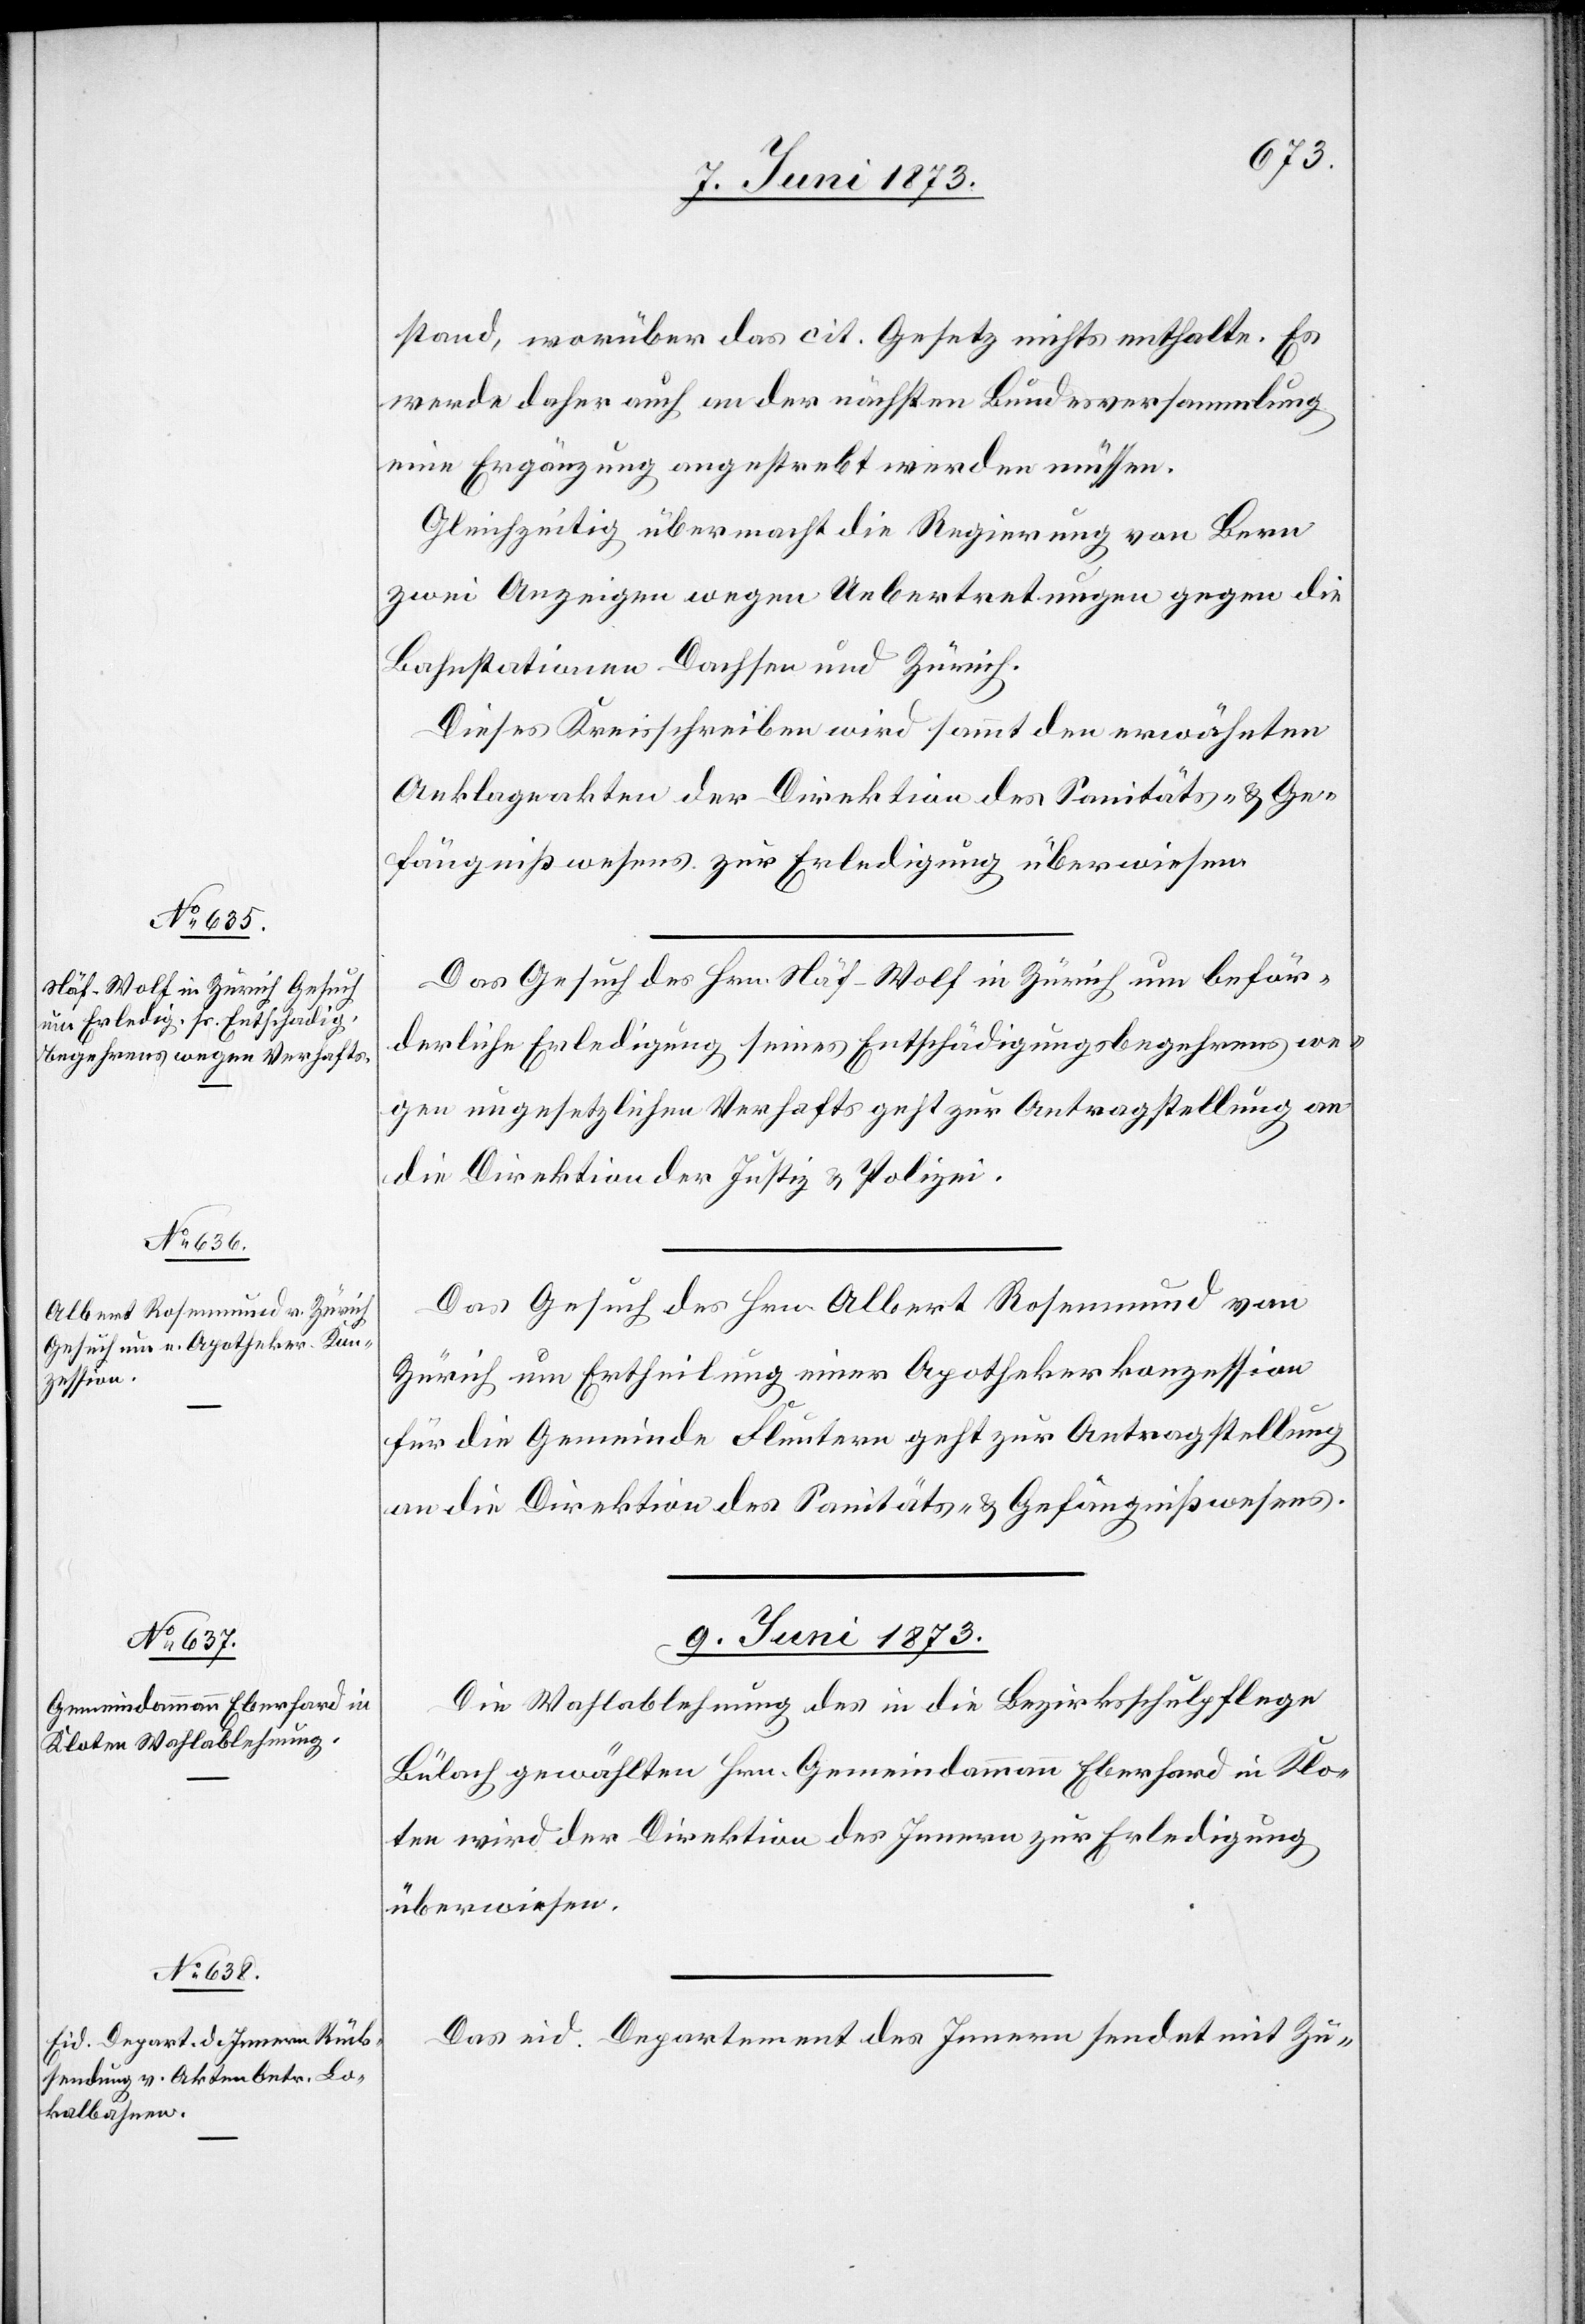
7. Juni 1873.]
stand, worüber das cit. Gesetz nichts enthalte. Es
werde daher auch an der nächsten Bundesversammlung
eine Ergänzung angestrebt werden müssen.
Gleichzeitig übermacht die Regierung von Bern
zwei Anzeigen wegen Uebertretungen gegen die
Bahnstationen Dachsen und Zürich.
Dieses Kreisschreiben wird sammt den erwähnten
Anklageakten der Direktion des Sanitäts- & Ge¬
fängnißwesens zur Erledigung überwiesen.
Das Gesuch des Hrn. Näf-Wolf in Zürich um beför¬
derliche Erledigung seines Entschädigungsbegehrens we¬
gen ungesetzlichen Verhafts geht zur Antragstellung an
die Direktion der Justiz & Polizei.
Das Gesuch des Hrn. Albert Rosenmund von
Zürich um Ertheilung einer Apothekerkonzession
für die Gemeinde Fluntern geht zur Antragstellung
an die Direktion des Sanitäts- & Gefängnißwesens.
9. Juni 1873.]
Die Wahlablehnung des in die Bezirksschulpflege
Bülach gewählten Hrn. Gemeindammann Eberhard in Klo¬
ten wird der Direktion des Innern zur Erledigung
überwiesen.
Das eid. Departement des Innern sendet mit Zu-